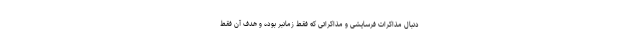
دنبال مذاکرات فرسایشی و مذاکراتی که فقط زمانبر بوده و هدف آن فقط